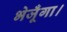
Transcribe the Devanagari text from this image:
भेजूँगा।